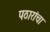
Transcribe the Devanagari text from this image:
पठारांचा